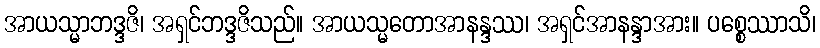
အာယသ္မာဘဒ္ဒဇိ၊ အရှင်ဘဒ္ဒဇိသည်။ အာယသ္မတောအာနန္ဒဿ၊ အရှင်အာနန္ဒာအား။ ပစ္စေဿာသိ၊